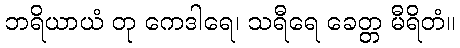
ဘရိယာယံ တု ကေဒါရေ၊ သရီရေ ခေတ္တ မီရိတံ။